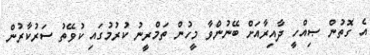
އެ ގޮތުން ޞިއްހީ ދާއިރާއަށް ބޭނުންވާ މީހުން ތަމްރީނު ކުރުމުގައި ކުވޭތު ސަރުކާރުން